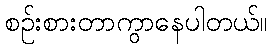
စဉ်းစားတာကွာနေပါတယ်။